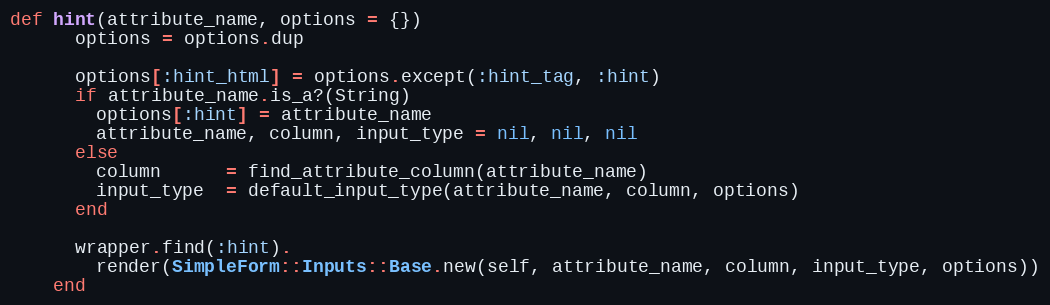
Language: Ruby
def hint(attribute_name, options = {})
      options = options.dup

      options[:hint_html] = options.except(:hint_tag, :hint)
      if attribute_name.is_a?(String)
        options[:hint] = attribute_name
        attribute_name, column, input_type = nil, nil, nil
      else
        column      = find_attribute_column(attribute_name)
        input_type  = default_input_type(attribute_name, column, options)
      end

      wrapper.find(:hint).
        render(SimpleForm::Inputs::Base.new(self, attribute_name, column, input_type, options))
    end